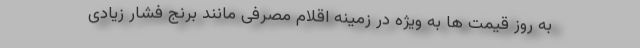
به روز قیمت ها به ویژه در زمینه اقلام مصرفی مانند برنج فشار زیادی